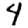
Digit: 4